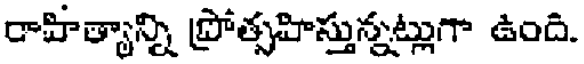
రాహిత్యాన్ని ప్రోత్సహిస్తున్నట్లుగా ఉంది.